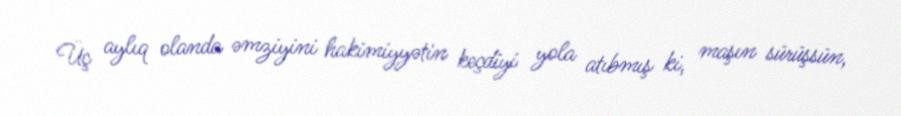
Üç aylıq olanda əmziyini hakimiyyətin keçdiyi yola atıbmış ki, maşın sürüşsün,